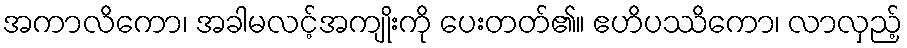
အကာလိကော၊ အခါမလင့်အကျိုးကို ပေးတတ်၏။ ဧဟိပဿိကော၊ လာလှည့်